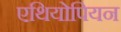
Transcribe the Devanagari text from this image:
एथियोपियन